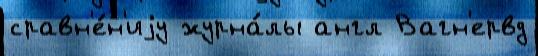
сравн'е́н'иjу журна́лы англ Вагн'ервд